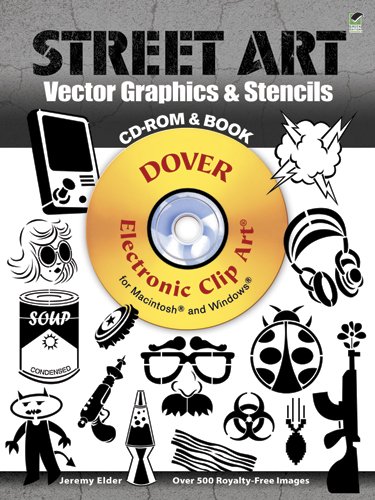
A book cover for Street Art Vector Graphics & Stencils CD-ROM and Book (Dover Electronic Clip Art); Jeremy Elder; Arts & Photography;